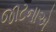
જાટનાએ